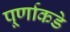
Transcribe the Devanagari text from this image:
पूर्णाकडे